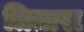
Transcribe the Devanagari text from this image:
त्रितारा